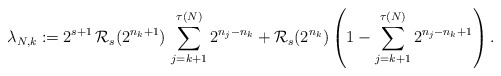
\begin{align*}\lambda_{N,k}:=2^{s+1}\,\mathcal{R}_{s}(2^{n_{k}+1})\,\sum_{j=k+1}^{\tau(N)}2^{n_{j}-n_{k}}+\mathcal{R}_{s}(2^{n_{k}})\left(1-\sum_{j=k+1}^{\tau(N)} 2^{n_{j}-n_{k}+1}\right).\end{align*}